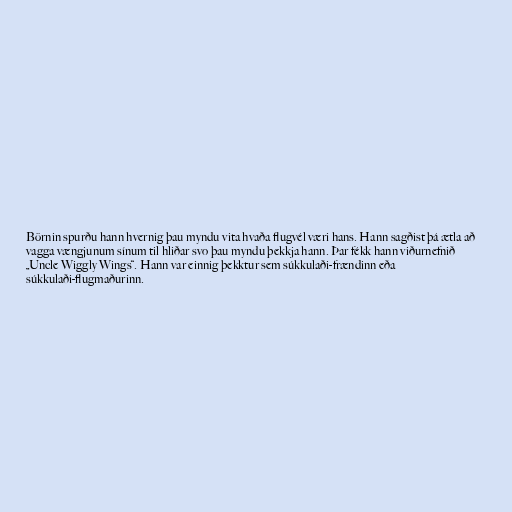
Börnin spurðu hann hvernig þau myndu vita hvaða flugvél væri hans. Hann sagðist þá ætla að
vagga vængjunum sínum til hliðar svo þau myndu þekkja hann. Þar fékk hann viðurnefnið
„Uncle Wiggly Wings“. Hann var einnig þekktur sem súkkulaði-frændinn eða
súkkulaði-flugmaðurinn.